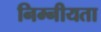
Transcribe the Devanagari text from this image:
निम्नीयता